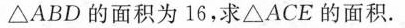
△ABD的面积为16，求△ACE的面积.